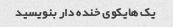
یک هایکوی خنده دار بنویسید